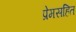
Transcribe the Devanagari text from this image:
प्रेमसहित